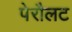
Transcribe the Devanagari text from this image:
पेरौलट